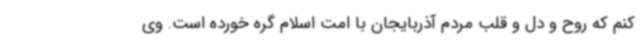
کنم که روح و دل و قلب مردم آذربایجان با امت اسلام گره خورده است. وی